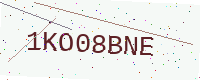
Text: 1KO08BNE